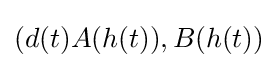
(d(t)A(h(t)),B(h(t))